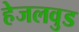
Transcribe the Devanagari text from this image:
हेजलवुड